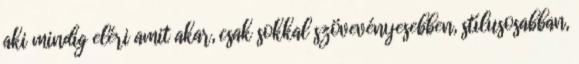
aki mindig eléri amit akar, csak sokkal szövevényesebben, stílusosabban,